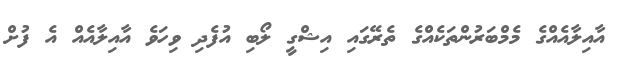
އާއިލާއެއްގެ މެމްބަރުންތަކެއްގެ ތެރޭގައި އިޝްގީ ލޯބި އުފެދި ވިހަވެ އާއިލާއެއް އެ ފުށް